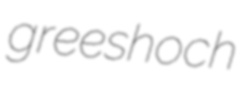
greeshoch